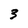
Character: 3